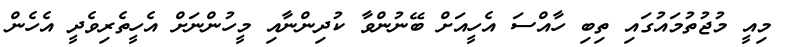
މިއީ މުޖުތުމައުގައި ތިބި ހާއްސަ އެހީއަށް ބޭނުންވާ ކުދިންނާއި މީހުންނަށް އެހީތެރިވެދީ އެހެން